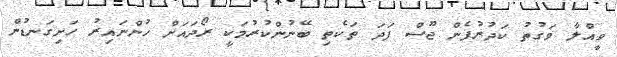
ވީއްލާ ވަގުތު ކަދުރުފެން ޖޫސް ފަދަ ތަކެތި ބޭނުންކުރުމަކީ ރޯދައަށް ހުންނައިރު ހަށިގަނޑުން